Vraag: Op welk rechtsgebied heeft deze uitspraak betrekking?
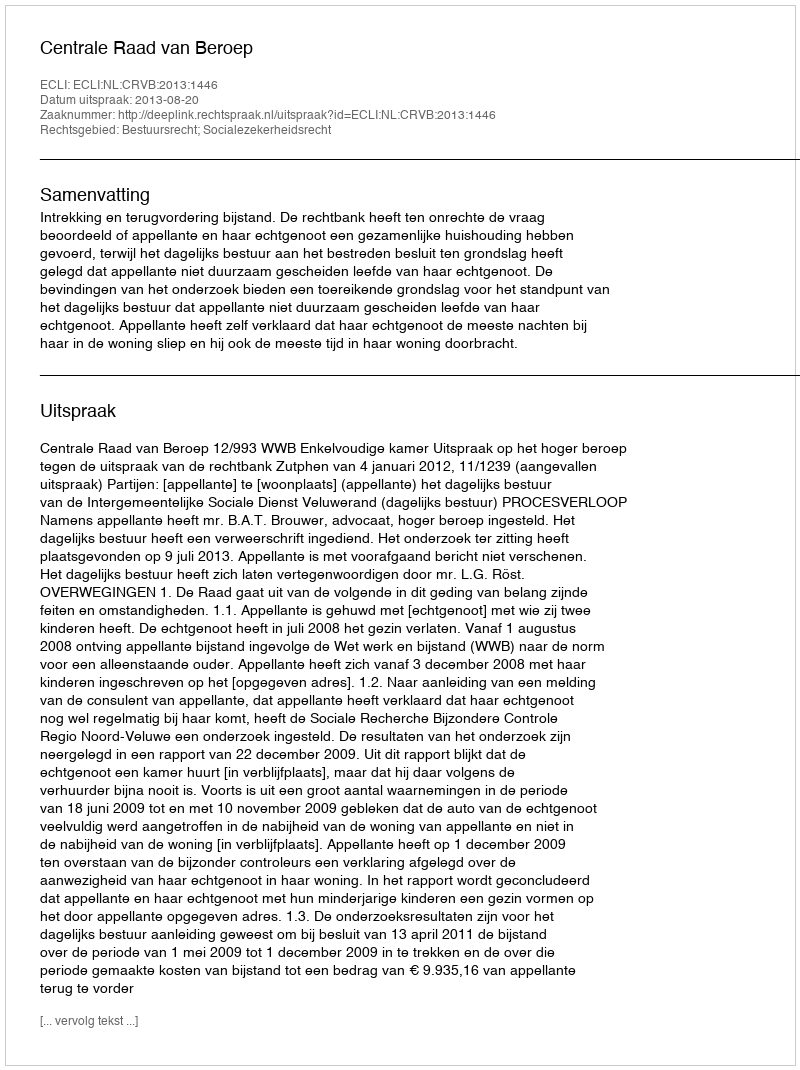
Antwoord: Bestuursrecht; Socialezekerheidsrecht